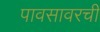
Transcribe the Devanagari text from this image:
पावसावरची